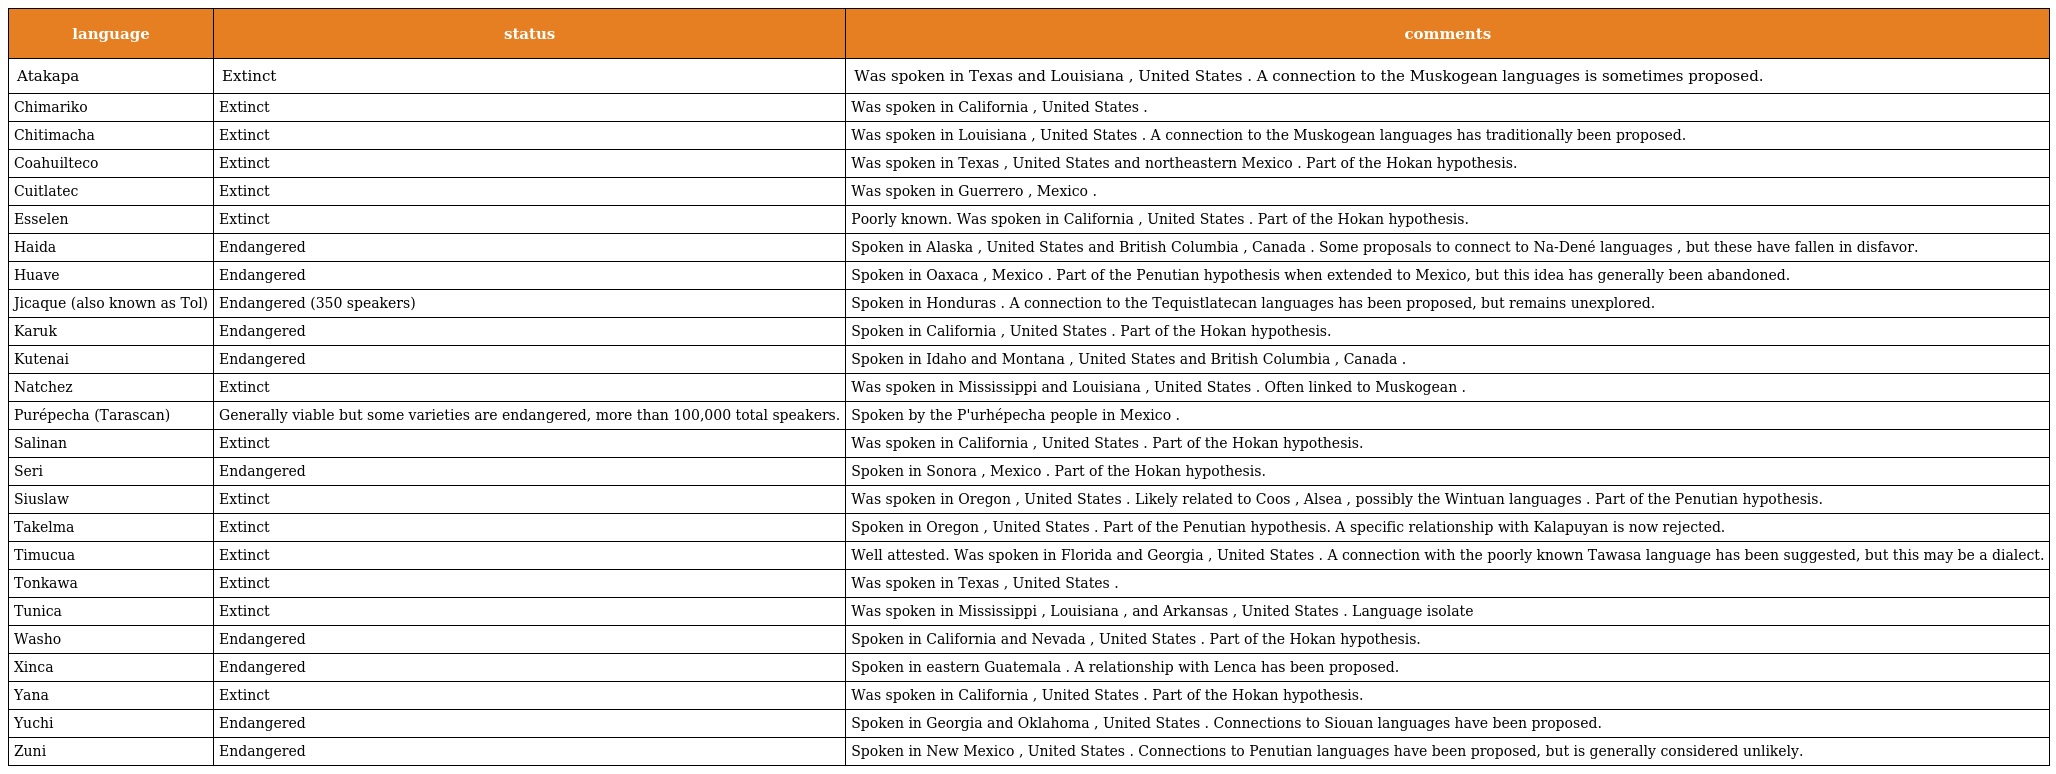
| language | status | comments |
 | --- | --- | --- |
 | Atakapa | Extinct | Was spoken in Texas and Louisiana , United States . A connection to the Muskogean languages is sometimes proposed. |
 | Chimariko | Extinct | Was spoken in California , United States . |
 | Chitimacha | Extinct | Was spoken in Louisiana , United States . A connection to the Muskogean languages has traditionally been proposed. |
 | Coahuilteco | Extinct | Was spoken in Texas , United States and northeastern Mexico . Part of the Hokan hypothesis. |
 | Cuitlatec | Extinct | Was spoken in Guerrero , Mexico . |
 | Esselen | Extinct | Poorly known. Was spoken in California , United States . Part of the Hokan hypothesis. |
 | Haida | Endangered | Spoken in Alaska , United States and British Columbia , Canada . Some proposals to connect to Na-Dené languages , but these have fallen in disfavor. |
 | Huave | Endangered | Spoken in Oaxaca , Mexico . Part of the Penutian hypothesis when extended to Mexico, but this idea has generally been abandoned. |
 | Jicaque (also known as Tol) | Endangered (350 speakers) | Spoken in Honduras . A connection to the Tequistlatecan languages has been proposed, but remains unexplored. |
 | Karuk | Endangered | Spoken in California , United States . Part of the Hokan hypothesis. |
 | Kutenai | Endangered | Spoken in Idaho and Montana , United States and British Columbia , Canada . |
 | Natchez | Extinct | Was spoken in Mississippi and Louisiana , United States . Often linked to Muskogean . |
 | Purépecha (Tarascan) | Generally viable but some varieties are endangered, more than 100,000 total speakers. | Spoken by the P'urhépecha people in Mexico . |
 | Salinan | Extinct | Was spoken in California , United States . Part of the Hokan hypothesis. |
 | Seri | Endangered | Spoken in Sonora , Mexico . Part of the Hokan hypothesis. |
 | Siuslaw | Extinct | Was spoken in Oregon , United States . Likely related to Coos , Alsea , possibly the Wintuan languages . Part of the Penutian hypothesis. |
 | Takelma | Extinct | Spoken in Oregon , United States . Part of the Penutian hypothesis. A specific relationship with Kalapuyan is now rejected. |
 | Timucua | Extinct | Well attested. Was spoken in Florida and Georgia , United States . A connection with the poorly known Tawasa language has been suggested, but this may be a dialect. |
 | Tonkawa | Extinct | Was spoken in Texas , United States . |
 | Tunica | Extinct | Was spoken in Mississippi , Louisiana , and Arkansas , United States . Language isolate |
 | Washo | Endangered | Spoken in California and Nevada , United States . Part of the Hokan hypothesis. |
 | Xinca | Endangered | Spoken in eastern Guatemala . A relationship with Lenca has been proposed. |
 | Yana | Extinct | Was spoken in California , United States . Part of the Hokan hypothesis. |
 | Yuchi | Endangered | Spoken in Georgia and Oklahoma , United States . Connections to Siouan languages have been proposed. |
 | Zuni | Endangered | Spoken in New Mexico , United States . Connections to Penutian languages have been proposed, but is generally considered unlikely. |